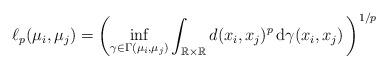
LaTeX: \begin{align*}\ell_{p}(\mu_{i},\mu_{j})=\left(\inf_{\gamma\in\Gamma(\mu_{i},\mu_{j})}\int_{\mathbb{R}\times\mathbb{R}}d(x_{i},x_{j})^{p}\,\mathrm{d}\gamma(x_{i},x_{j})\,\right)^{1/p}\end{align*}